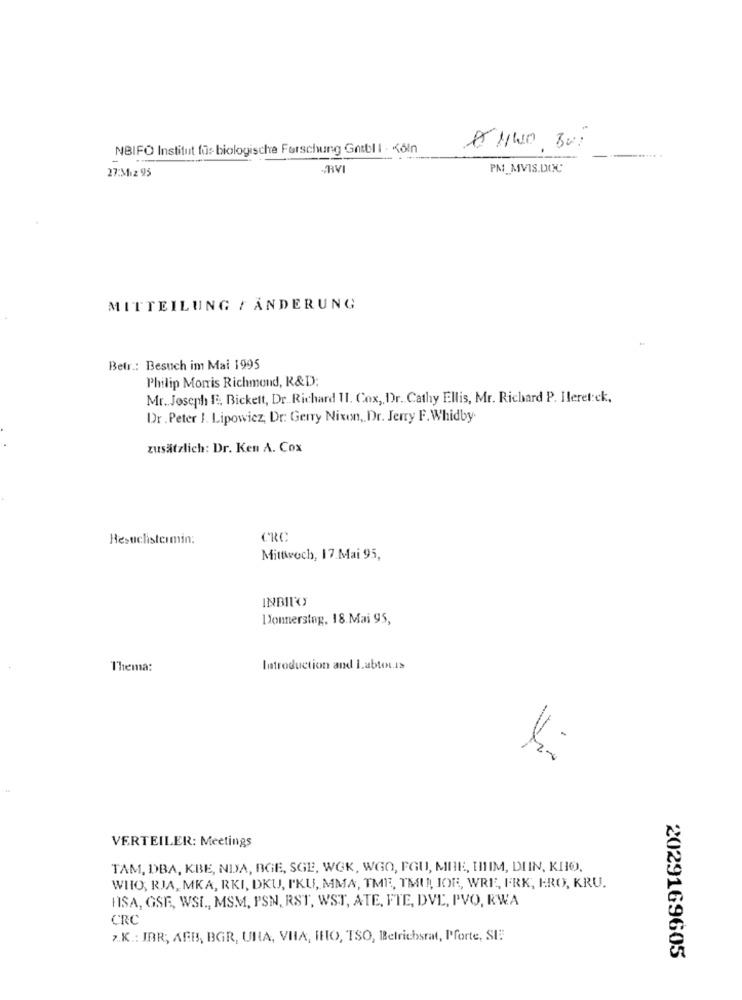
NBIFO Institut für biologische Forschung Gotbl I : Köln
BV
PM_MVIS.DOC
27:Mız 95
MITTEILUNG / ANDERUNG
Betr .: Besuch im Mai 1995
Philip Morris Richmond, R&D;
Mr. Joseph F, Bickett, Dr.Richard II. Cox ,, Dr. Cathy Ellis, Mr. Richard P. Ileret:ck,
Dr . Peter 1. Lipowicz, Dr: Gerry Nixon, Dr. Jerry F.Whidby
zusätzlich: Dr. Ken A. Cox
Hestclistermin:
CRC
Mittwoch, 17.Mai 95,
INBILO
Donnerstag, 18.Mai 95,
Thema:
Introduction and Labtou.is
VERTEILER: Meetings
TAM, DBA, KBE, NDA, BGE, SGE, WOK, WGO, FGU, MIE, IIIIM, DIIN, KIO.
WHO, RJA, MKA, RKI, DKU, IKU, MMA, TMR, TMU JOR, WRE, FRK, KRO, KRU.
IISA, GSF, WSI ., MSM, PSN, RST, WST, ATE, FTE, DVD, PVO, RWA
CRC
7.K .: JBR; AFB, BGR, UNA, VHA, IHO, TSO, Betriebsrat, Pforte, SI
2029169605